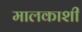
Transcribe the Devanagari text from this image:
मालकाशी